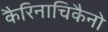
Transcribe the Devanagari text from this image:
कैरिनाचिकैनो